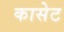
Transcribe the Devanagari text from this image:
कासेट